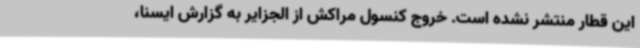
این قطار منتشر نشده است. خروج کنسول مراکش از الجزایر به گزارش ایسنا،